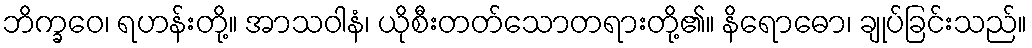
ဘိက္ခဝေ၊ ရဟန်းတို့။ အာသဝါနံ၊ ယိုစီးတတ်သောတရားတို့၏။ နိရောဓော၊ ချုပ်ခြင်းသည်။